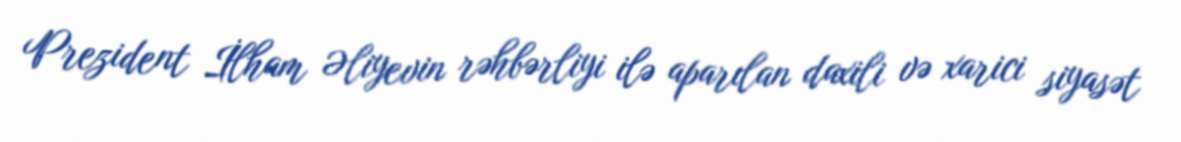
Prezident İlham Əliyevin rəhbərliyi ilə aparılan daxili və xarici siyasət